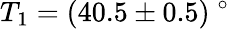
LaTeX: T_{1}=(40.5\pm 0.5)\ ^{\circ}